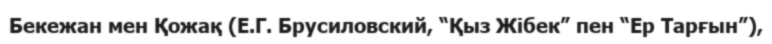
Бекежан мен Қожақ (Е.Г. Брусиловский, “Қыз Жібек” пен “Ер Тарғын”),